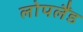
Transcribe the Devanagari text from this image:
लोपलैंड